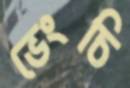
ভেংচি